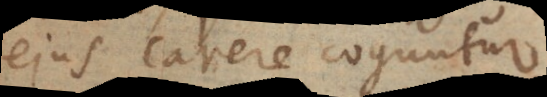
ejus carere coguntur.